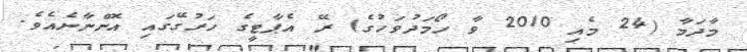
މާދަމާ (24 މެއި 2010 ވާ ހޯމަދުވަހުގެ) ރޭ އެޕާޓީގެ ހަރުގޭގައި އޮންނާނެއެވެ.